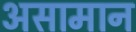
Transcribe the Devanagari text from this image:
असामान